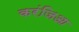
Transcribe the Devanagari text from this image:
करंजिआ